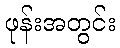
ဖုန်းအတွင်း